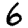
Digit: 6